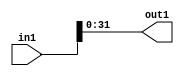
`timescale 1ps / 1ps
/*****************************************************************************
    Verilog RTL Description
    
    
    Created by: CellMath Designer 2019.1.01 
*******************************************************************************/

module DFT_compute_entirecomputation_alt1_4 (
	in1,
	out1
	); /* architecture "behavioural" */ 
input [36:0] in1;
output [31:0] out1;

assign out1 = in1[31:0];
endmodule

/* CADENCE  urP4TA4= : u9/ySgnWtBlWxVPRXgAZ4Og= ** DO NOT EDIT THIS LINE ******/